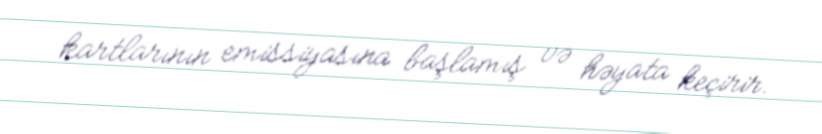
kartlarının emissiyasına başlamış və həyata keçirir.